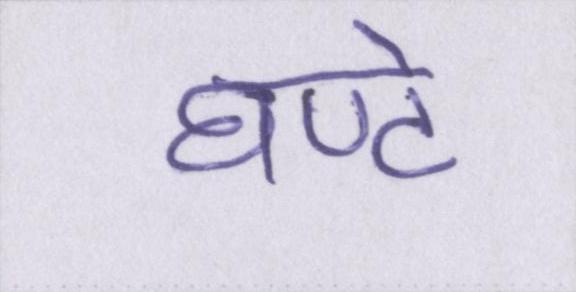
घण्टे